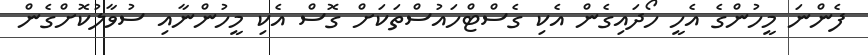
ފެންނަ މީހުންގެ އެހީ ހޯދައިގެން އެކި ގެސްޓްހައުސްތަކަށް ގޮސް އެކި މީހުންނާއި ސުވާލުކޮށްގެން